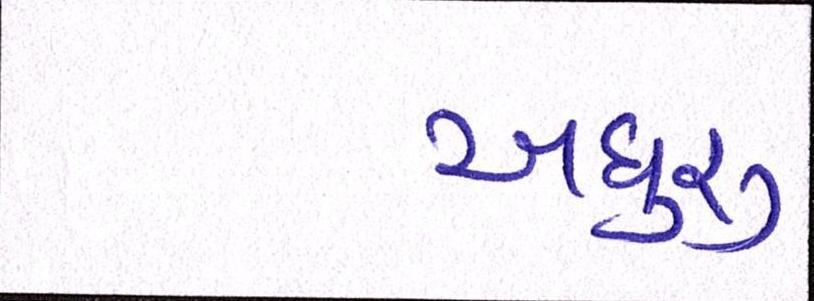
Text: અધુરુ